Vaccine operations Central Provinces 1868-1885 - 1868-1885
Year: 1868
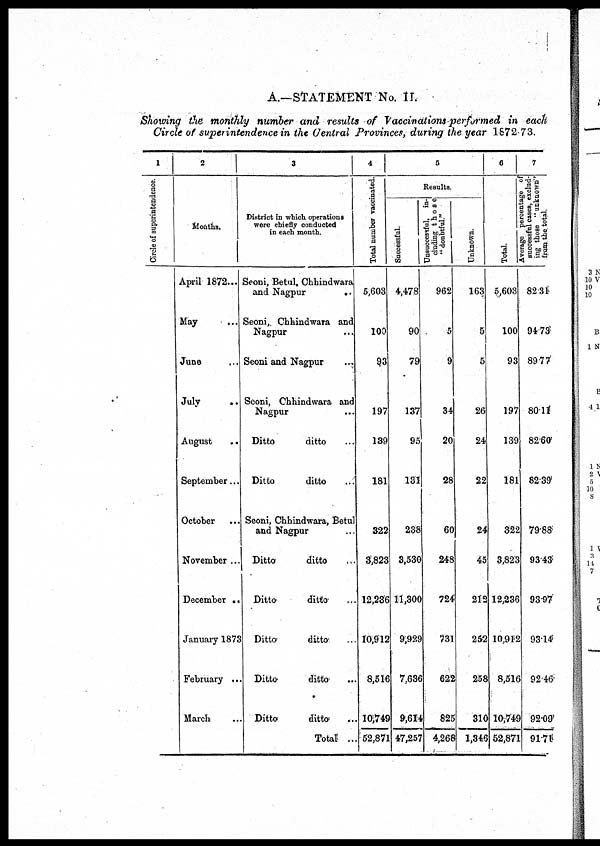
A.—STATEMENT No. II.
Showing the monthly number and results of Vaccinations-performed in each
Circle of superintendence in the Central Provinces, during the year 1872-73.
1
Circle of superintendence.
2
Months.
April 1872...
May ...
June ...
July...
August
...
September ...
October ...
November ...
December ..
January 1873
February ...
March ...
3
District in which operations
were chiefly conducted
in each month.
Seoni, Betul, Chhindwara
and Nagpur
..
Seoni, Chhindwara and
Nagpur ...
Seoni and Nagpur ...
Seoni, Chhindwara and
Nagpur ...
Ditto
ditto ...
Ditto
ditto ...
Seoni, Chhindwara, Betul
and Nagpur ...
Ditto
ditto ...
Ditto
ditto ...
Ditto*
ditto. ...
Ditto
ditto.
Ditto
ditto ...
Total ...
4
Total number vaccinated.
5,603
100
93
197
139
181
322
3,823
12,286
10,912
8,516
10,749
52,871
5
Results.
Successful.
4,478
90
79
137
95
182
238
3,530
11,300
9,929
7,636
9,614
47,257
Unsuccessful, in ¬
cluding those
962
5
9
34
20
28
60
248
724
731
622
825
4,268
Unknown.
163
5
5
26
24
22
24
45
212
252
258
310
1,346
6
Total.
5,603
100
93
197
139
181
322
3,823
12,236
10,912
8,516
10,749
52,871
7
Average percentage of
successful cases, exclud-
ing those "unknown''
from the total.
82.31
94.73
89.77
80.11
82.60
82.39
79.88
93.43
93.97
93.14
92.46
92.09
91.71